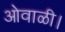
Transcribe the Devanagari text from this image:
ओवाळी।